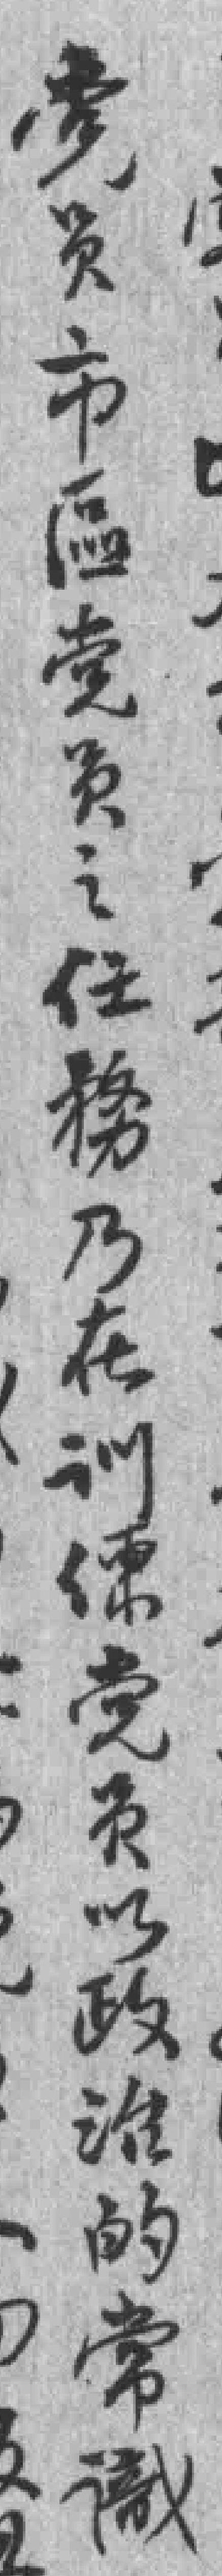
党员市區党员之任務乃在训練党员以政治的常識